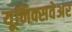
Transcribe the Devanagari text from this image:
यूनिक्सवेअर